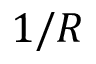
1 / R